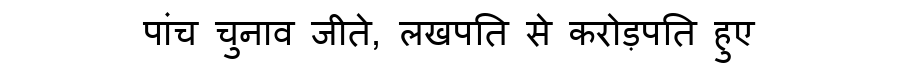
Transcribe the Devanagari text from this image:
पांच चुनाव जीते, लखपति से करोड़पति हुए